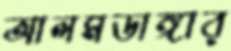
আলমডাঙ্গার